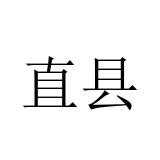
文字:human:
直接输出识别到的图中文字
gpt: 直县